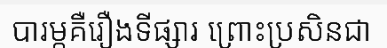
បារម្ភគឺរឿងទីផ្សារ ព្រោះប្រសិនជា